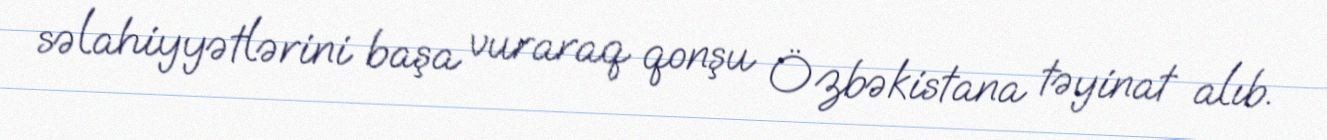
səlahiyyətlərini başa vuraraq qonşu Özbəkistana təyinat alıb.